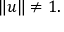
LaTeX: \| u \| \neq 1 .